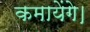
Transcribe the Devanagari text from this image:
कमायेंगे।